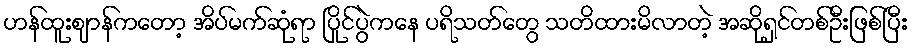
ဟန်ထူးဈာန်ကတော့ အိပ်မက်ဆုံရာ ပြိုင်ပွဲကနေ ပရိသတ်တွေ သတိထားမိလာတဲ့ အဆိုရှင်တစ်ဦးဖြစ်ပြီး